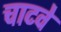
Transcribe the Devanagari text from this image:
चाटवे